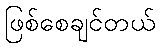
ဖြစ်စေချင်တယ်